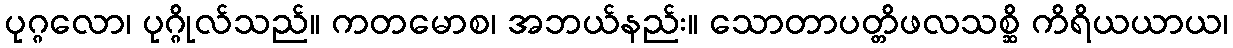
ပုဂ္ဂလော၊ ပုဂ္ဂိုလ်သည်။ ကတမောစ၊ အဘယ်နည်း။ သောတာပတ္တိဖလသစ္ဆိ ကိရိယယာယ၊